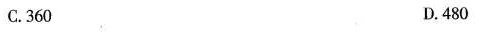
C.360 D.480